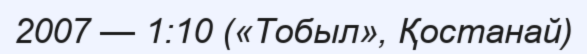
2007 — 1:10 («Тобыл», Қостанай)